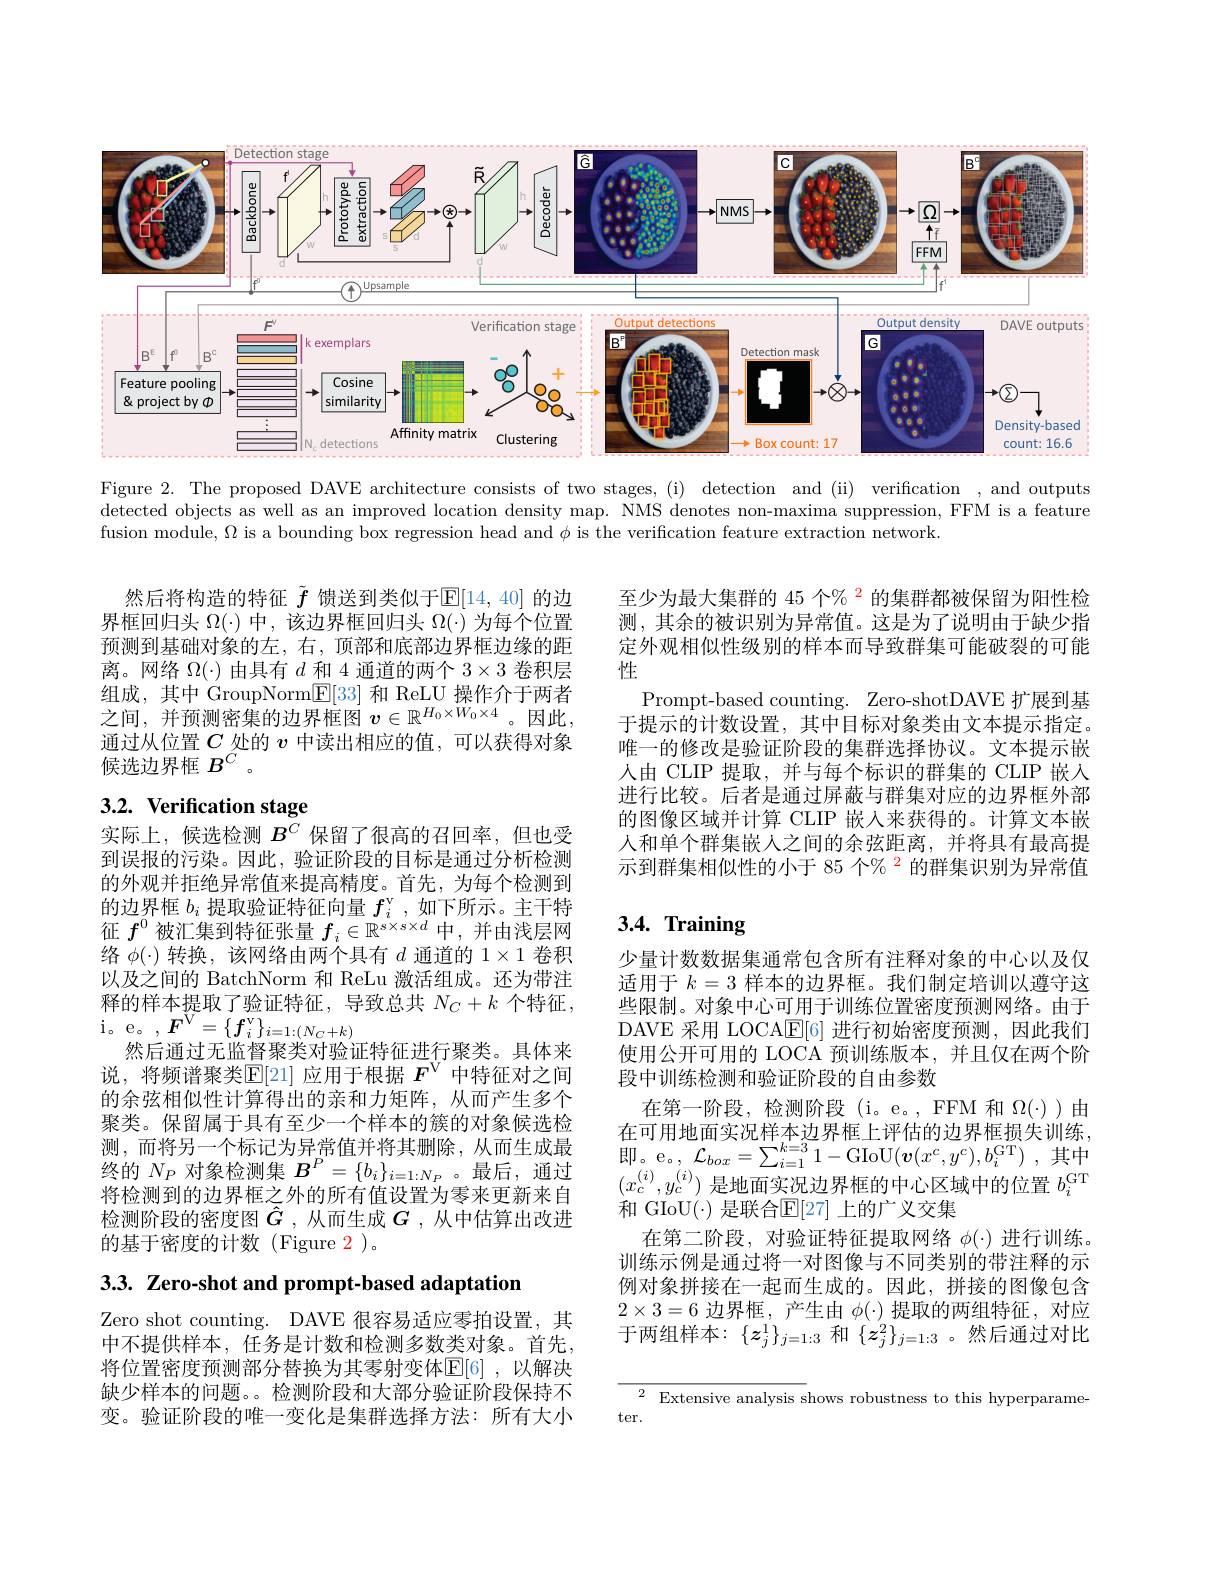
<FigureHere>

Figure 2. The proposed DAVE architecture consists of two stages,(i) detection and (ii) verification , and outputs detected objects as well as an improved location density map. NMS denotes non-maxima suppression, FFM is a feature fusion module, $\Omega$ is a bounding box regression head and $\phi$ is the verification feature extraction network.

然后将构造的特征$\tilde{f}$馈送到类似于$\mathbb{E}[14,40]$的边界框回归头$\Omega(\cdot)$中，该边界框回归头$\Omega(\cdot)$为每个位置预测到基础对象的左，右，顶部和底部边界框边缘的距离。网络$\Omega(\cdot)$由具有$d$和 4 通道的两个$3\times3$卷积层组成，其中 GroupNorm$\mathbb{E}[33]$和 ReLU 操作介于两者之间，并预测密集的边界框图$v\in\mathbb{R}^H_0\times W_0\times4$。因此， 通过从位置$C$处的$v$中读出相应的值，可以获得对象候选边界框$B^{\dot{C}}$ 。

至少为最大集群的 45 个% $^{2}$的集群都被保留为阳性检测，其余的被识别为异常值。这是为了说明由于缺少指定外观相似性级别的样本而导致群集可能破裂的可能性
Prompt-based counting. Zero-shotDAVE 扩展到基于提示的计数设置，其中目标对象类由文本提示指定。唯一的修改是验证阶段的集群选择协议。文本提示嵌人由 CLIP 提取，并与每个标识的群集的 CLIP 嵌入进行比较。后者是通过屏蔽与群集对应的边界框外部的图像区域并计算 CLIP 嵌人来获得的。计算文本嵌人和单个群集嵌人之间的余弦距离，并将具有最高提示到群集相似性的小于 85 个% $^{2}$的群集识别为异常值

# 3.2. Verification stage

# $3. 4. \textbf{ Training}$

实际上，候选检测$B^C$保留了很高的召回率，但也受到误报的污染。因此，验证阶段的目标是通过分析检测的外观并拒绝异常值来提高精度。首先，为每个检测到的边界框$b_i$提取验证特征向量$f_i^\mathrm{v}$,如下所示。主干特征$f^0$被汇集到特征张量$f_i\in\mathbb{R}^{s\times s\times d}$中，并由浅层网络$\phi(\cdot)$转换，该网络由两个具有$d$通道的$1\times1$卷积以及之间的 BatchNorm 和 ReLu 激活组成。还为带注释的样本提取了验证特征，导致总共$N_C+k$个特征， $\begin{array}{c}{\text{i。e。, }\boldsymbol{F}^{\mathrm{V}}=\{\boldsymbol{f}_{i}^{\mathrm{v}}\}_{i=1:(N_{C}+k)}}\\{\text{i。e。, }\boldsymbol{F}^{\mathrm{V}}=\{\boldsymbol{f}_{i}^{\mathrm{v}}\}_{i=1:(N_{C}+k)}}\end{array}$
然后通过无监督聚类对验证特征进行聚类。具体来说，将频谱聚类$\mathbb{E}[$21]应用于根据 $F^\mathrm{V}$ 中特征对之间的余弦相似性计算得出的亲和力矩阵，从而产生多个聚类。保留属于具有至少一个样本的簇的对象候选检测，而将另一个标记为异常值并将其删除，从而生成最终的$N_P$对象检测集$B^P=\{b_i\}_{i=1:N_P}$。最后，通过将检测到的边界框之外的所有值设置为零来更新来自检测阶段的密度图$\hat{G}$ ,从而生成 $G$ ,从中估算出改进的基于密度的计数(Figure 2)。

少量计数数据集通常包含所有注释对象的中心以及仅适用于$k=3$样本的边界框。我们制定培训以遵守这些限制。对象中心可用于训练位置密度预测网络。由于DAVE 采用 LOCA$\mathbb{E}[6]$进行初始密度预测，因此我们使用公开可用的 LOCA 预训练版本，并且仅在两个阶段中训练检测和验证阶段的自由参数
在第一阶段，检测阶段(i。e。,FFM 和$\Omega(\cdot)$ )由在可用地面实况样本边界框上评估的边界框损失训练， $\begin{array}{l}{\text{即。e。, }\mathcal{L}_{box}=\sum_{i=1}^{k=3}1-\mathrm{GIoU}(\boldsymbol{v}(x^{c},y^{c}),b_{i}^{\mathrm{GT}})~,~\text{其中}}\\{\text{即。e。, }\mathcal{L}_{box}=\sum_{i=1}^{k=3}1-\mathrm{GIoU}(\boldsymbol{v}(x^{c},y^{c}),b_{i}^{\mathrm{GT}})~,~\text{其中}}\end{array}$ $(x_c^{(i)},y_c^{(i)})$是地面实况边界框的中心区域中的位置$b_i^\mathrm{GT}$ 和 GIoU(·) 是联合$\mathbb{E}[27]$ 上的广义交集
在第二阶段，对验证特征提取网络$\phi(\cdot)$进行训练。训练示例是通过将一对图像与不同类别的带注释的示例对象拼接在一起而生成的。因此，拼接的图像包含$2\times3=6$边界框，产生由$\phi(\cdot)$提取的两组特征，对应于两组样本：$\{z_j^1\}_{j=1:3}$ 和$\{z_j^2\}_{j=1:3}$。然后通过对比

3.3. Zero-shot and prompt-based adaptation

Zero shot counting. DAVE 很容易适应零拍设置，其中不提供样本，任务是计数和检测多数类对象。首先， 将位置密度预测部分替换为其零射变体$\mathbb{E}[6]$ ,以解决缺少样本的问题。。检测阶段和大部分验证阶段保持不变。验证阶段的唯一变化是集群选择方法：所有大小

$^{2}$ Extensive analysis shows robustness to this hyperparame-
ter.